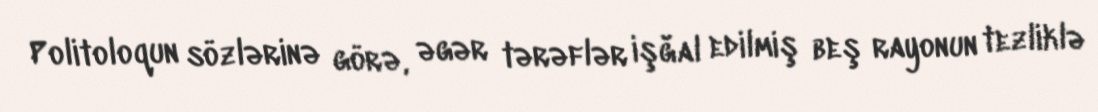
Politoloqun sözlərinə görə, əgər tərəflər işğal edilmiş beş rayonun tezliklə